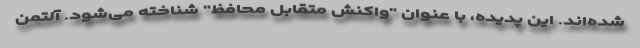
شده‌اند. این پدیده، با عنوان "واکنش متقابل محافظ" شناخته می‌شود. آلتمن